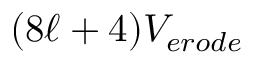
( 8 \ell + 4 ) V _ { e r o d e }